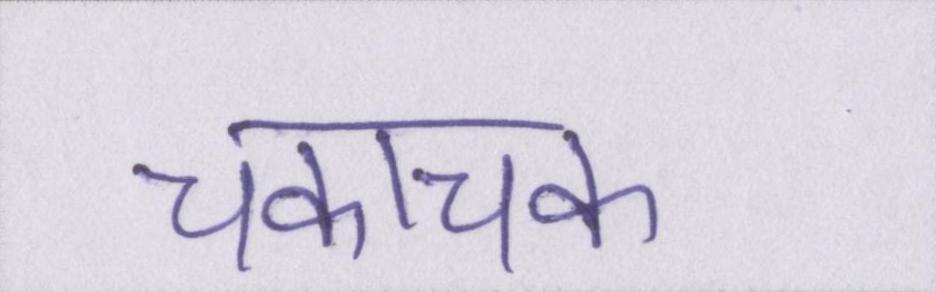
चकाचक